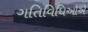
ગતિવિધિઓએ